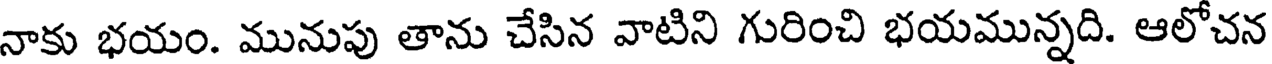
నాకు భయం. మునుపు తాను చేసిన వాటిని గురించి భయమున్నది. ఆలోచన